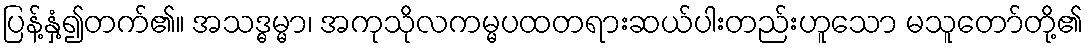
ပြန့်နှံ့၍တက်၏။ အသဒ္ဓမ္မာ၊ အကုသိုလကမ္မပထတရားဆယ်ပါးတည်းဟူသော မသူတော်တို့၏